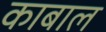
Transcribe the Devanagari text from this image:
काबाल